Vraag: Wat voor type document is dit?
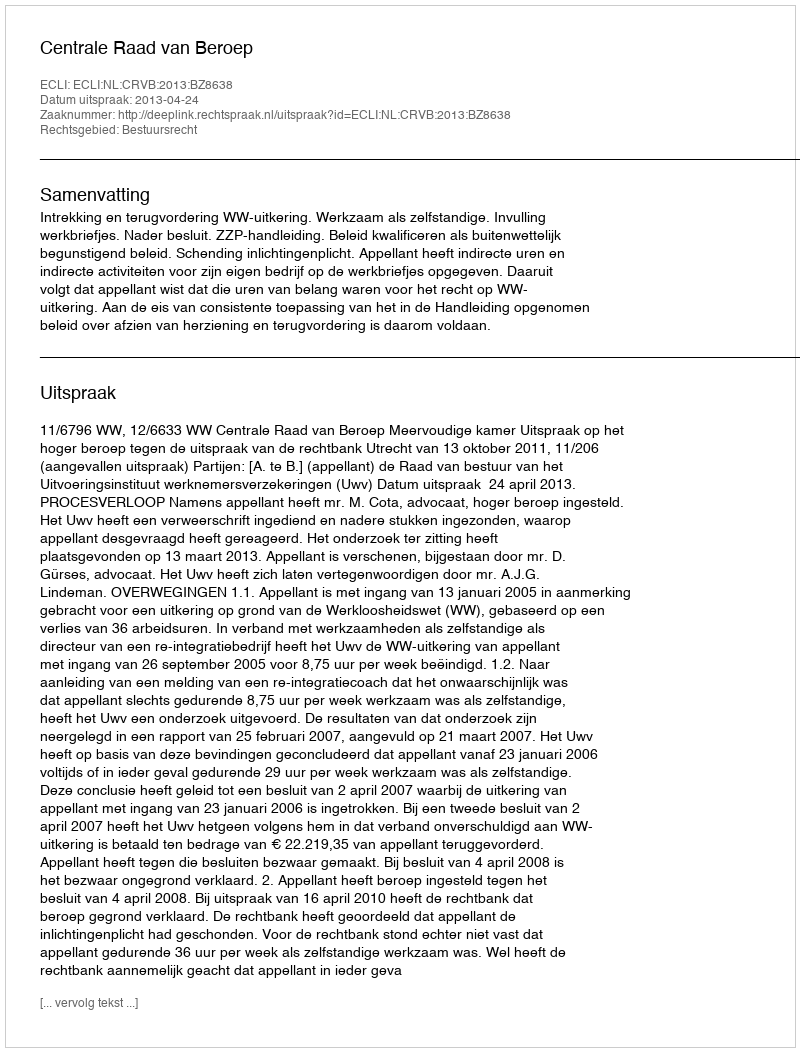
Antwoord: Uitspraak